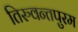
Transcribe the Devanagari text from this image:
तिरुवन्तपुरम